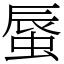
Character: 蜃